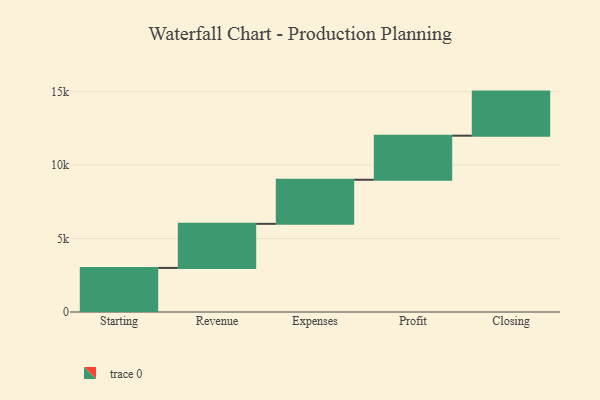
{"axis": {"x": "Step", "y": "Value"}, "legend": [""], "data": [{"x": "Starting", "y": 3000, "type": ""}, {"x": "Revenue", "y": 3000, "type": ""}, {"x": "Expenses", "y": 3000, "type": ""}, {"x": "Profit", "y": 3000, "type": ""}, {"x": "Closing", "y": 3000, "type": ""}]}